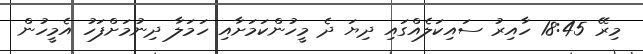
މިރޭ 18:45 ހާއިރު ސައިކަލެއްގައި ދިޔަ ދެ މީހުންކަމަށާއި ހަމަލާ ދިނުމަށްފަހު އެމީހުން